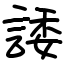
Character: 諉